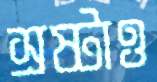
স্রষ্টাও